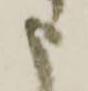
申